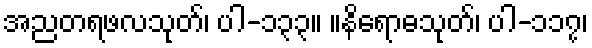
အညတရဖလသုတ်၊ ပါ-၁၃၃။ ။နိရောဓသုတ်၊ ပါ-၁၁၇၊